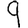
Digit: 9